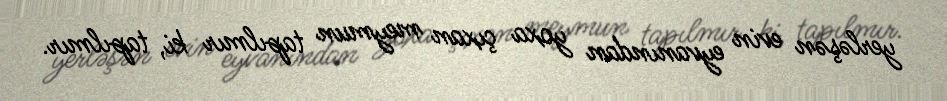
yerləşən evin eyvanından yoxa çıxan meymun tapılmır ki, tapılmır.